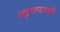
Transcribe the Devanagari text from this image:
तरूणपणी